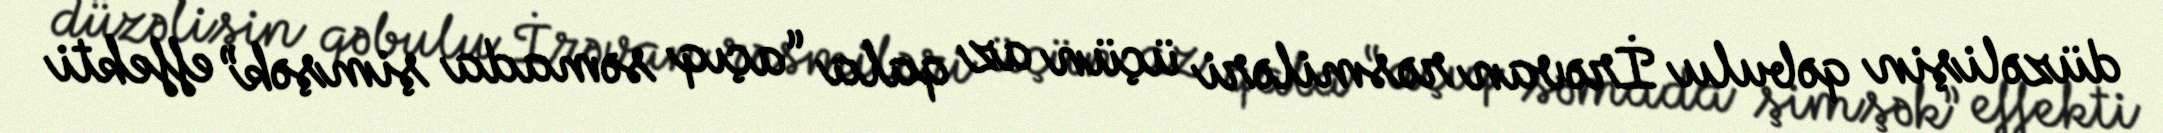
düzəlişin qəbulu İrəvan rəsmiləri üçün az qala “açıq səmada şimşək” effekti